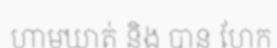
ហាមឃាត់ និង បាន ហែក